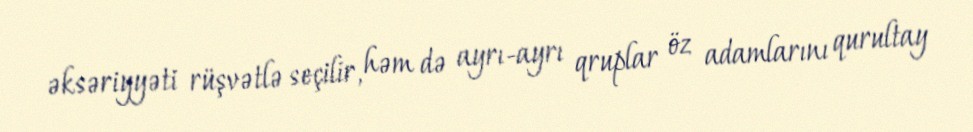
əksəriyyəti rüşvətlə seçilir, həm də ayrı-ayrı qruplar öz adamlarını qurultay